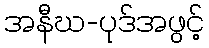
အနီဃ-ပုဒ်အဖွင့်